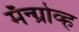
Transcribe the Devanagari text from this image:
मॅन्ग्रोव्ह